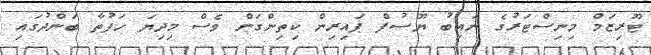
ޓޫރިޒަމް މިނިސްޓަރުގެ ނައިބު ޔޫސުފް ޕައިރިން ކިތިންގަން ވެސް މިދިޔަ ހަފުތާ ބަންދުގައި